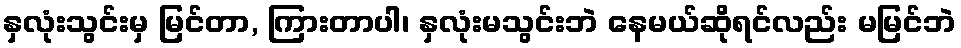
နှလုံးသွင်းမှ မြင်တာ, ကြားတာပါ၊ နှလုံးမသွင်းဘဲ နေမယ်ဆိုရင်လည်း မမြင်ဘဲ